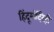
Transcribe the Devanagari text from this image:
हिंदूमंदिरेही